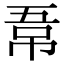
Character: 𭘣